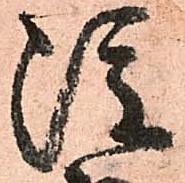
雖